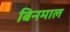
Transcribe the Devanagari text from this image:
बिनमाल